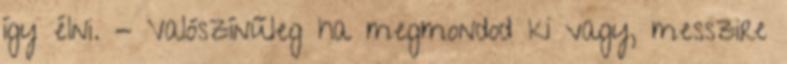
így élni. - Valószínűleg ha megmondod ki vagy, messzire